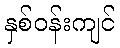
နှစ်ဝန်းကျင်